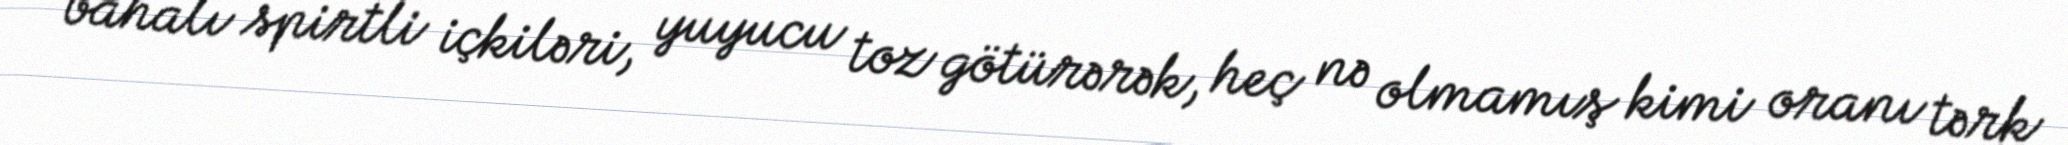
bahalı spirtli içkiləri, yuyucu toz götürərək, heç nə olmamış kimi oranı tərk